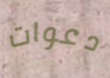
دعوات